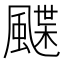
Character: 𩘏